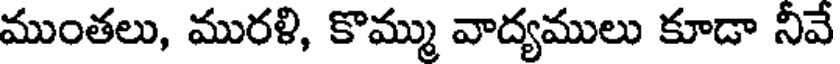
ముంతలు, మురళి, కొమ్ము వాద్యములు కూడా నీవే